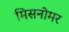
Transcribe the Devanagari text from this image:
मिसनोमर